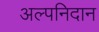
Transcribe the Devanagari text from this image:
अल्पनिदान